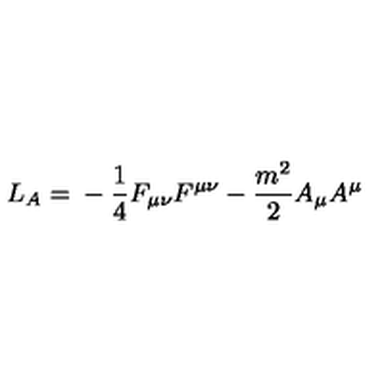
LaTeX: L _ { A } = \mathrm { } - \frac { 1 } { 4 } F _ { \mu \nu } F ^ { \mu \nu } - \frac { m ^ { 2 } } { 2 } A _ { \mu } A ^ { \mu }